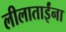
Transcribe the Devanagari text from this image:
लीलाताईंना